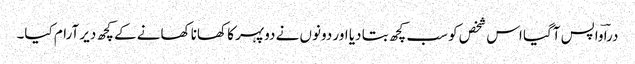
دراؔ واپس آگیا اس شخص کو سب کچھ بتا دیا اور دونوں نے دوپہر کا کھانا کھانے کے کچھ دیر آرام کیا۔